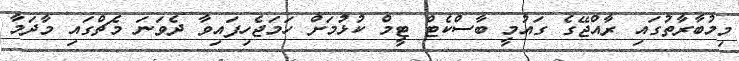
މިމުބާރާތުގައި ރާއްޖޭގެ ގައުމީ ބާސްކެޓް ޓީމް ކުޅުމަށް ހަމަޖެހިފައިވާ ދެވަނަ މެޗްގައި މާދަމާ